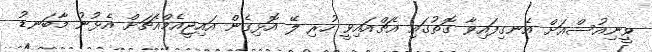
ވީނިއުސްއަށް އެނގިފައިވާ ގޮތުގައި އެޗްއައިވީ ހުރި ލޭ އޮޅިގެން އައިޖީއެމްއެޗަށް އެޅުނު މާބަނޑު